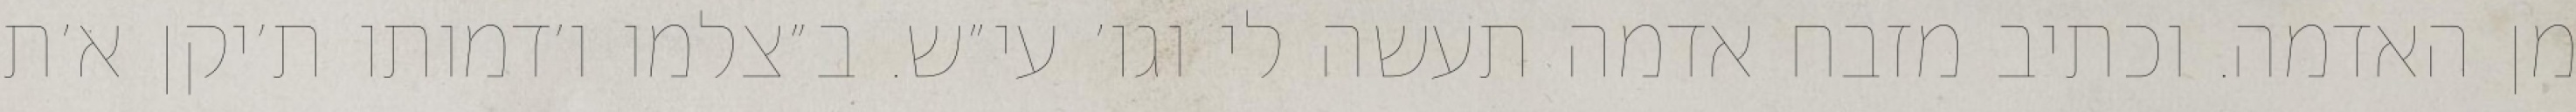
מן האדמה. וכתיב מזבח אדמה תעשה לי וגו׳ עי״ש. ב״צלמו ו׳דמותו ת׳יקן א׳ת